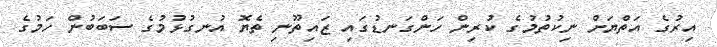
އިރުގެ އަތްޔަށް ނިކުތުމުގެ ކުރިން ހަންގަނޑުގައި ޒައިތޫނި ތެޔޮ އުނގުޅުމުގެ ސަބަބުން ހަމުގެ